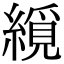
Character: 䌐